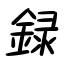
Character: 録